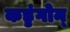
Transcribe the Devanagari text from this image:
कड्डंगोन्